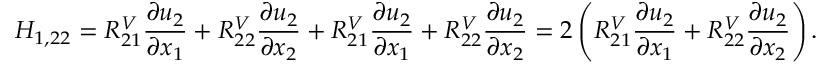
H _ { 1 , 2 2 } = R _ { 2 1 } ^ { V } \frac { \partial u _ { 2 } } { \partial x _ { 1 } } + R _ { 2 2 } ^ { V } \frac { \partial u _ { 2 } } { \partial x _ { 2 } } + R _ { 2 1 } ^ { V } \frac { \partial u _ { 2 } } { \partial x _ { 1 } } + R _ { 2 2 } ^ { V } \frac { \partial u _ { 2 } } { \partial x _ { 2 } } = 2 \left( R _ { 2 1 } ^ { V } \frac { \partial u _ { 2 } } { \partial x _ { 1 } } + R _ { 2 2 } ^ { V } \frac { \partial u _ { 2 } } { \partial x _ { 2 } } \right) .